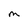
Character: M